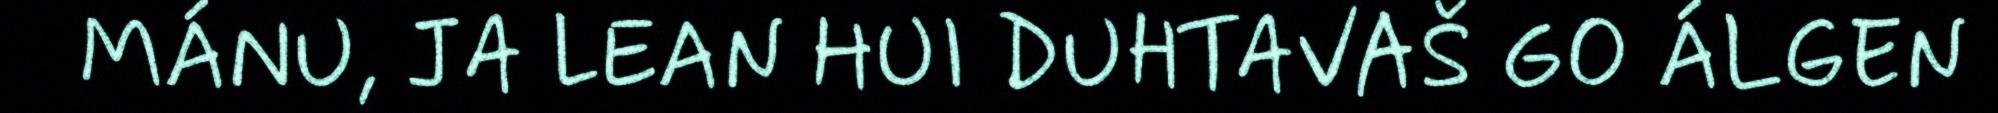
MÁNU, JA LEAN HUI DUHTAVAŠ GO ÁLGEN